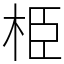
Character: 栕